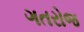
ગતરોજ